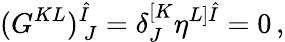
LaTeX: (G^{KL})_{~J}^{\hat{I}}=\delta_{J}^{[K}\eta^{L]\hat{I}}=0\, ,